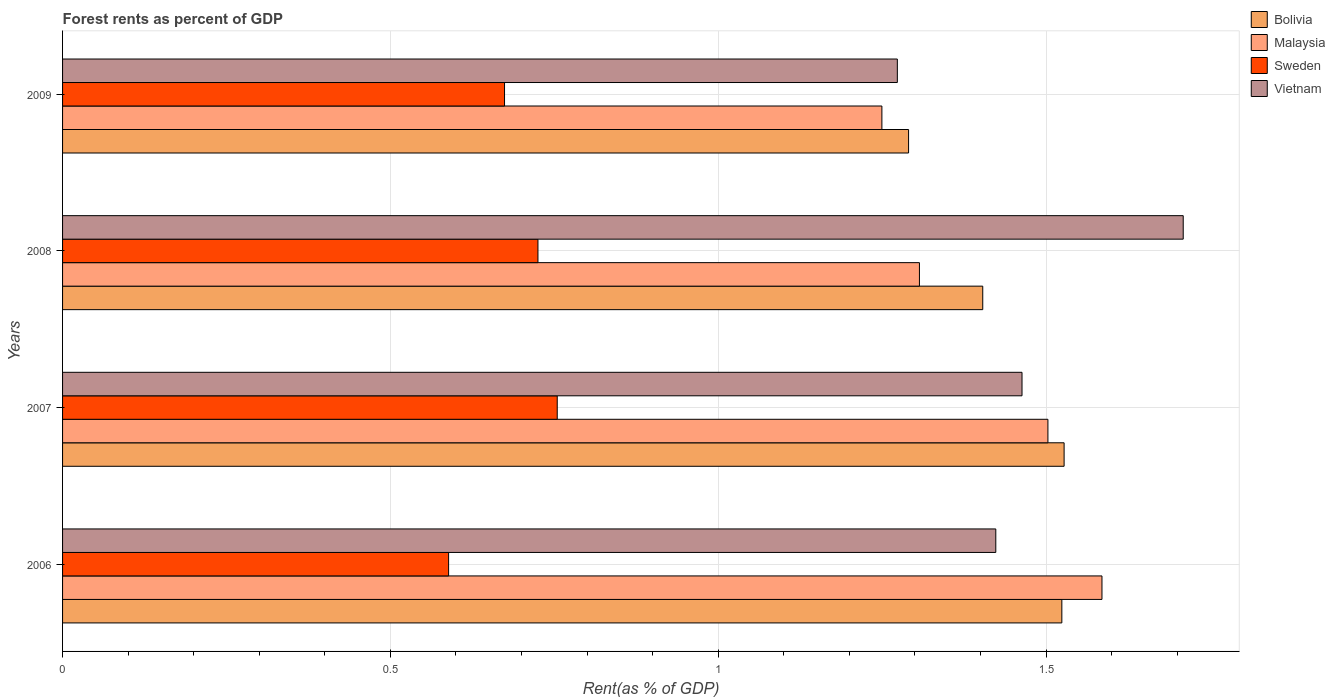
| Years | Bolivia | Malaysia | Sweden | Vietnam |
 | --- | --- | --- | --- | --- |
 | 2006 | 1.52 | 1.59 | 0.589 | 1.42 |
 | 2007 | 1.53 | 1.5 | 0.754 | 1.46 |
 | 2008 | 1.4 | 1.31 | 0.725 | 1.71 |
 | 2009 | 1.29 | 1.25 | 0.674 | 1.27 |